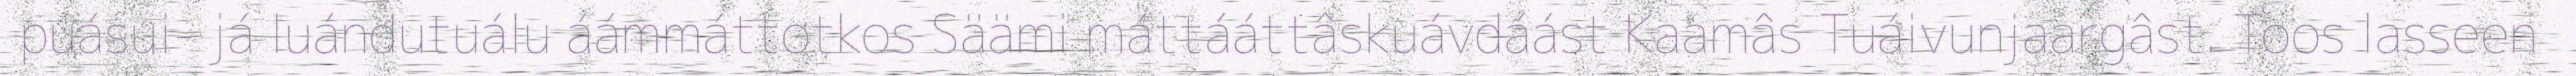
puásui- já luándutuálu áámmáttotkos Säämi máttááttâskuávdáást Kaamâs Tuáivunjaargâst. Toos lasseen